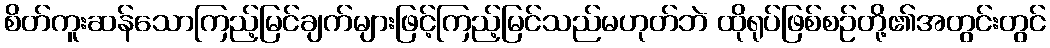
စိတ်ကူးဆန်သောကြည့်မြင်ချက်များဖြင့်ကြည့်မြင်သည်မဟုတ်ဘဲ ထိုရုပ်ဖြစ်စဉ်တို့၏အတွင်းတွင်